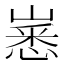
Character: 𱜈